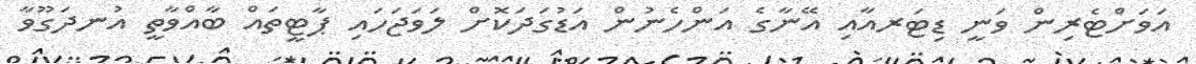
އަވަށްޓެރިން ވަނީ ޑިޓަރއާއި އޭނާގެ އަންހެނުން އަޑުގަދަކޮށް ލަވަޖަހައި ޕާޓީތައް ބާއްވާތީ އުނދަގޫވާ